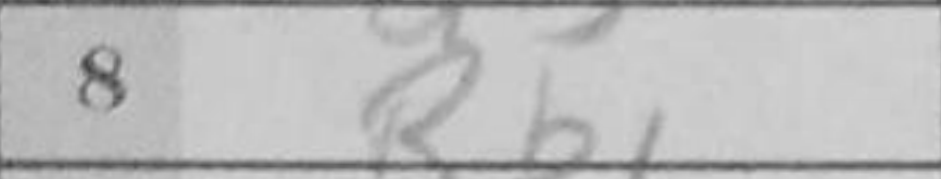
Transcription: Rb1